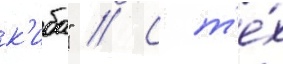
к'иба" // С т'е́х